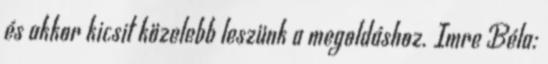
és akkor kicsit közelebb leszünk a megoldáshoz. Imre Béla: